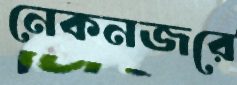
নেকনজরে